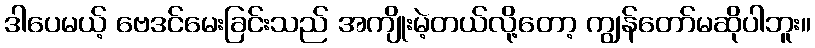
ဒါပေမယ့် ဗေဒင်မေးခြင်းသည် အကျိုးမဲ့တယ်လို့တော့ ကျွန်တော်မဆိုပါဘူး။